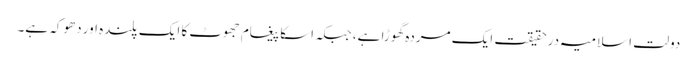
دولت اسلامیہ درحقیقت ایک مردہ گھوڑا ہے، جبکہ اسکا پیغام جھوٹ کا ایک پلندہ اور دھوکہ ہے۔